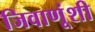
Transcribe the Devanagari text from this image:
जिवाणूंशी